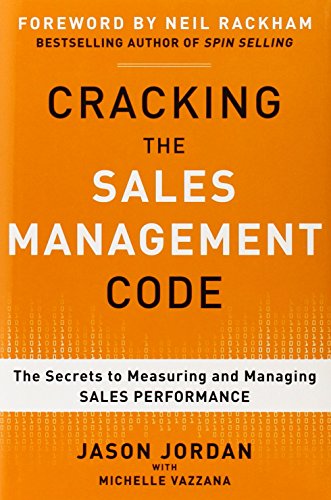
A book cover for Cracking the Sales Management Code: The Secrets to Measuring and Managing Sales Performance; Jason Jordan; Business & Money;